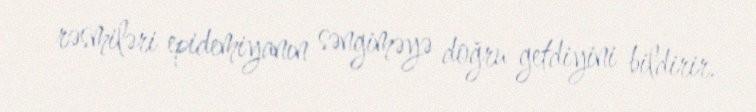
rəsmiləri epidemiyanın səngiməyə doğru getdiyini bildirir.